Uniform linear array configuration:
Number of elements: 16
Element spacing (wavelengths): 0.25
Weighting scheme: hann
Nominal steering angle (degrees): -30
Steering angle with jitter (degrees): -29.533
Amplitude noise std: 0.05
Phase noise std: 0.05

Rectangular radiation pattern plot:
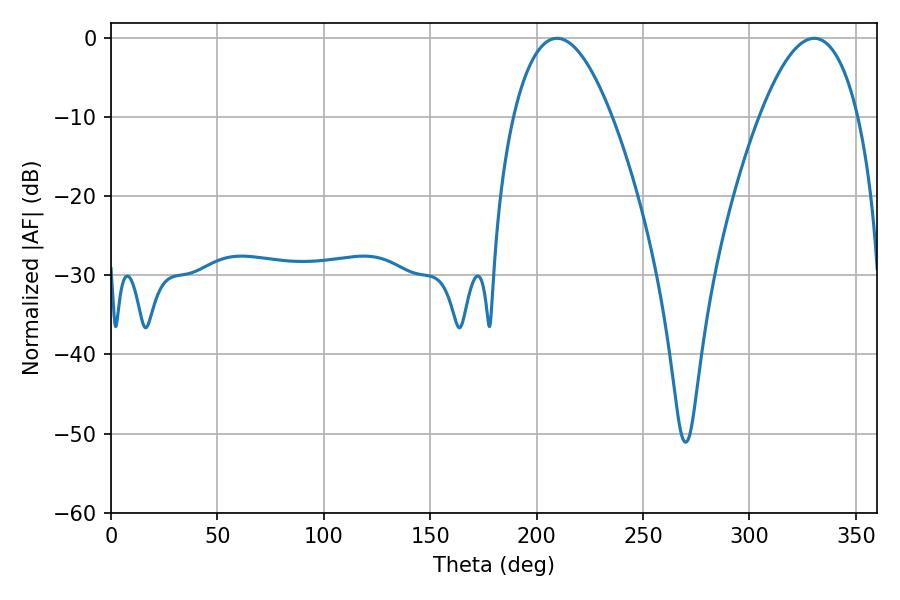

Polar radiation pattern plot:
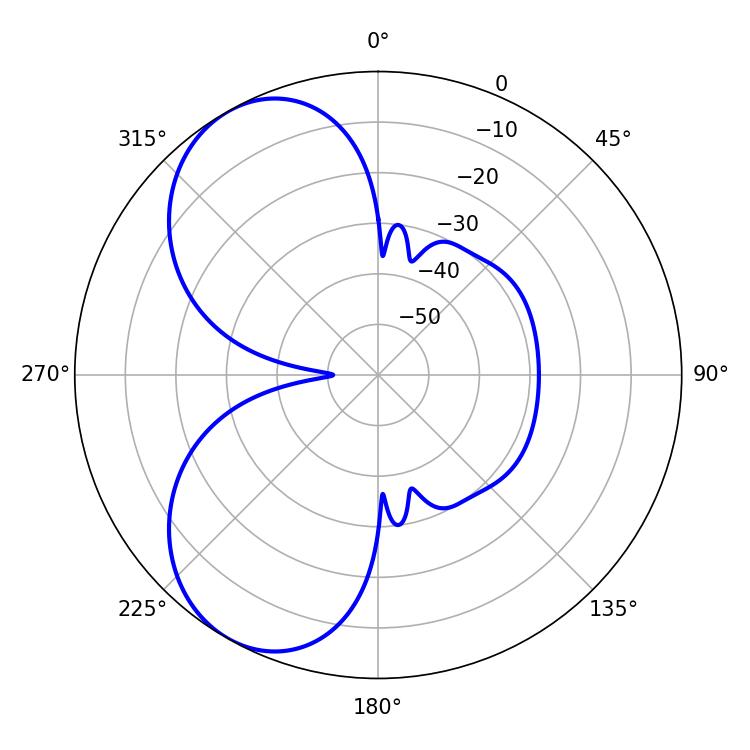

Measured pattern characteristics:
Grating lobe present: FALSE
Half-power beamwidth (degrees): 25.56
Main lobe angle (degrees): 209.52